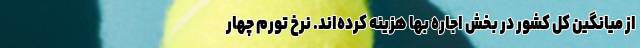
از میانگین کل کشور در بخش اجاره بها هزینه کرده‌اند. نرخ تورم چهار